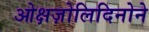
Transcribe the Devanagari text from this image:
ओक्षज़ोलिदिनोने